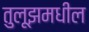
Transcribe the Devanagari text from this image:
तुलूझमधील